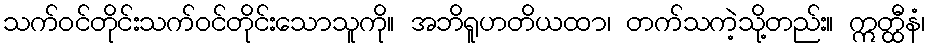
သက်ဝင်တိုင်းသက်ဝင်တိုင်းသောသူကို။ အဘိရူဟတိယထာ၊ တက်သကဲ့သို့တည်း။ ဣတ္ထီနံ၊